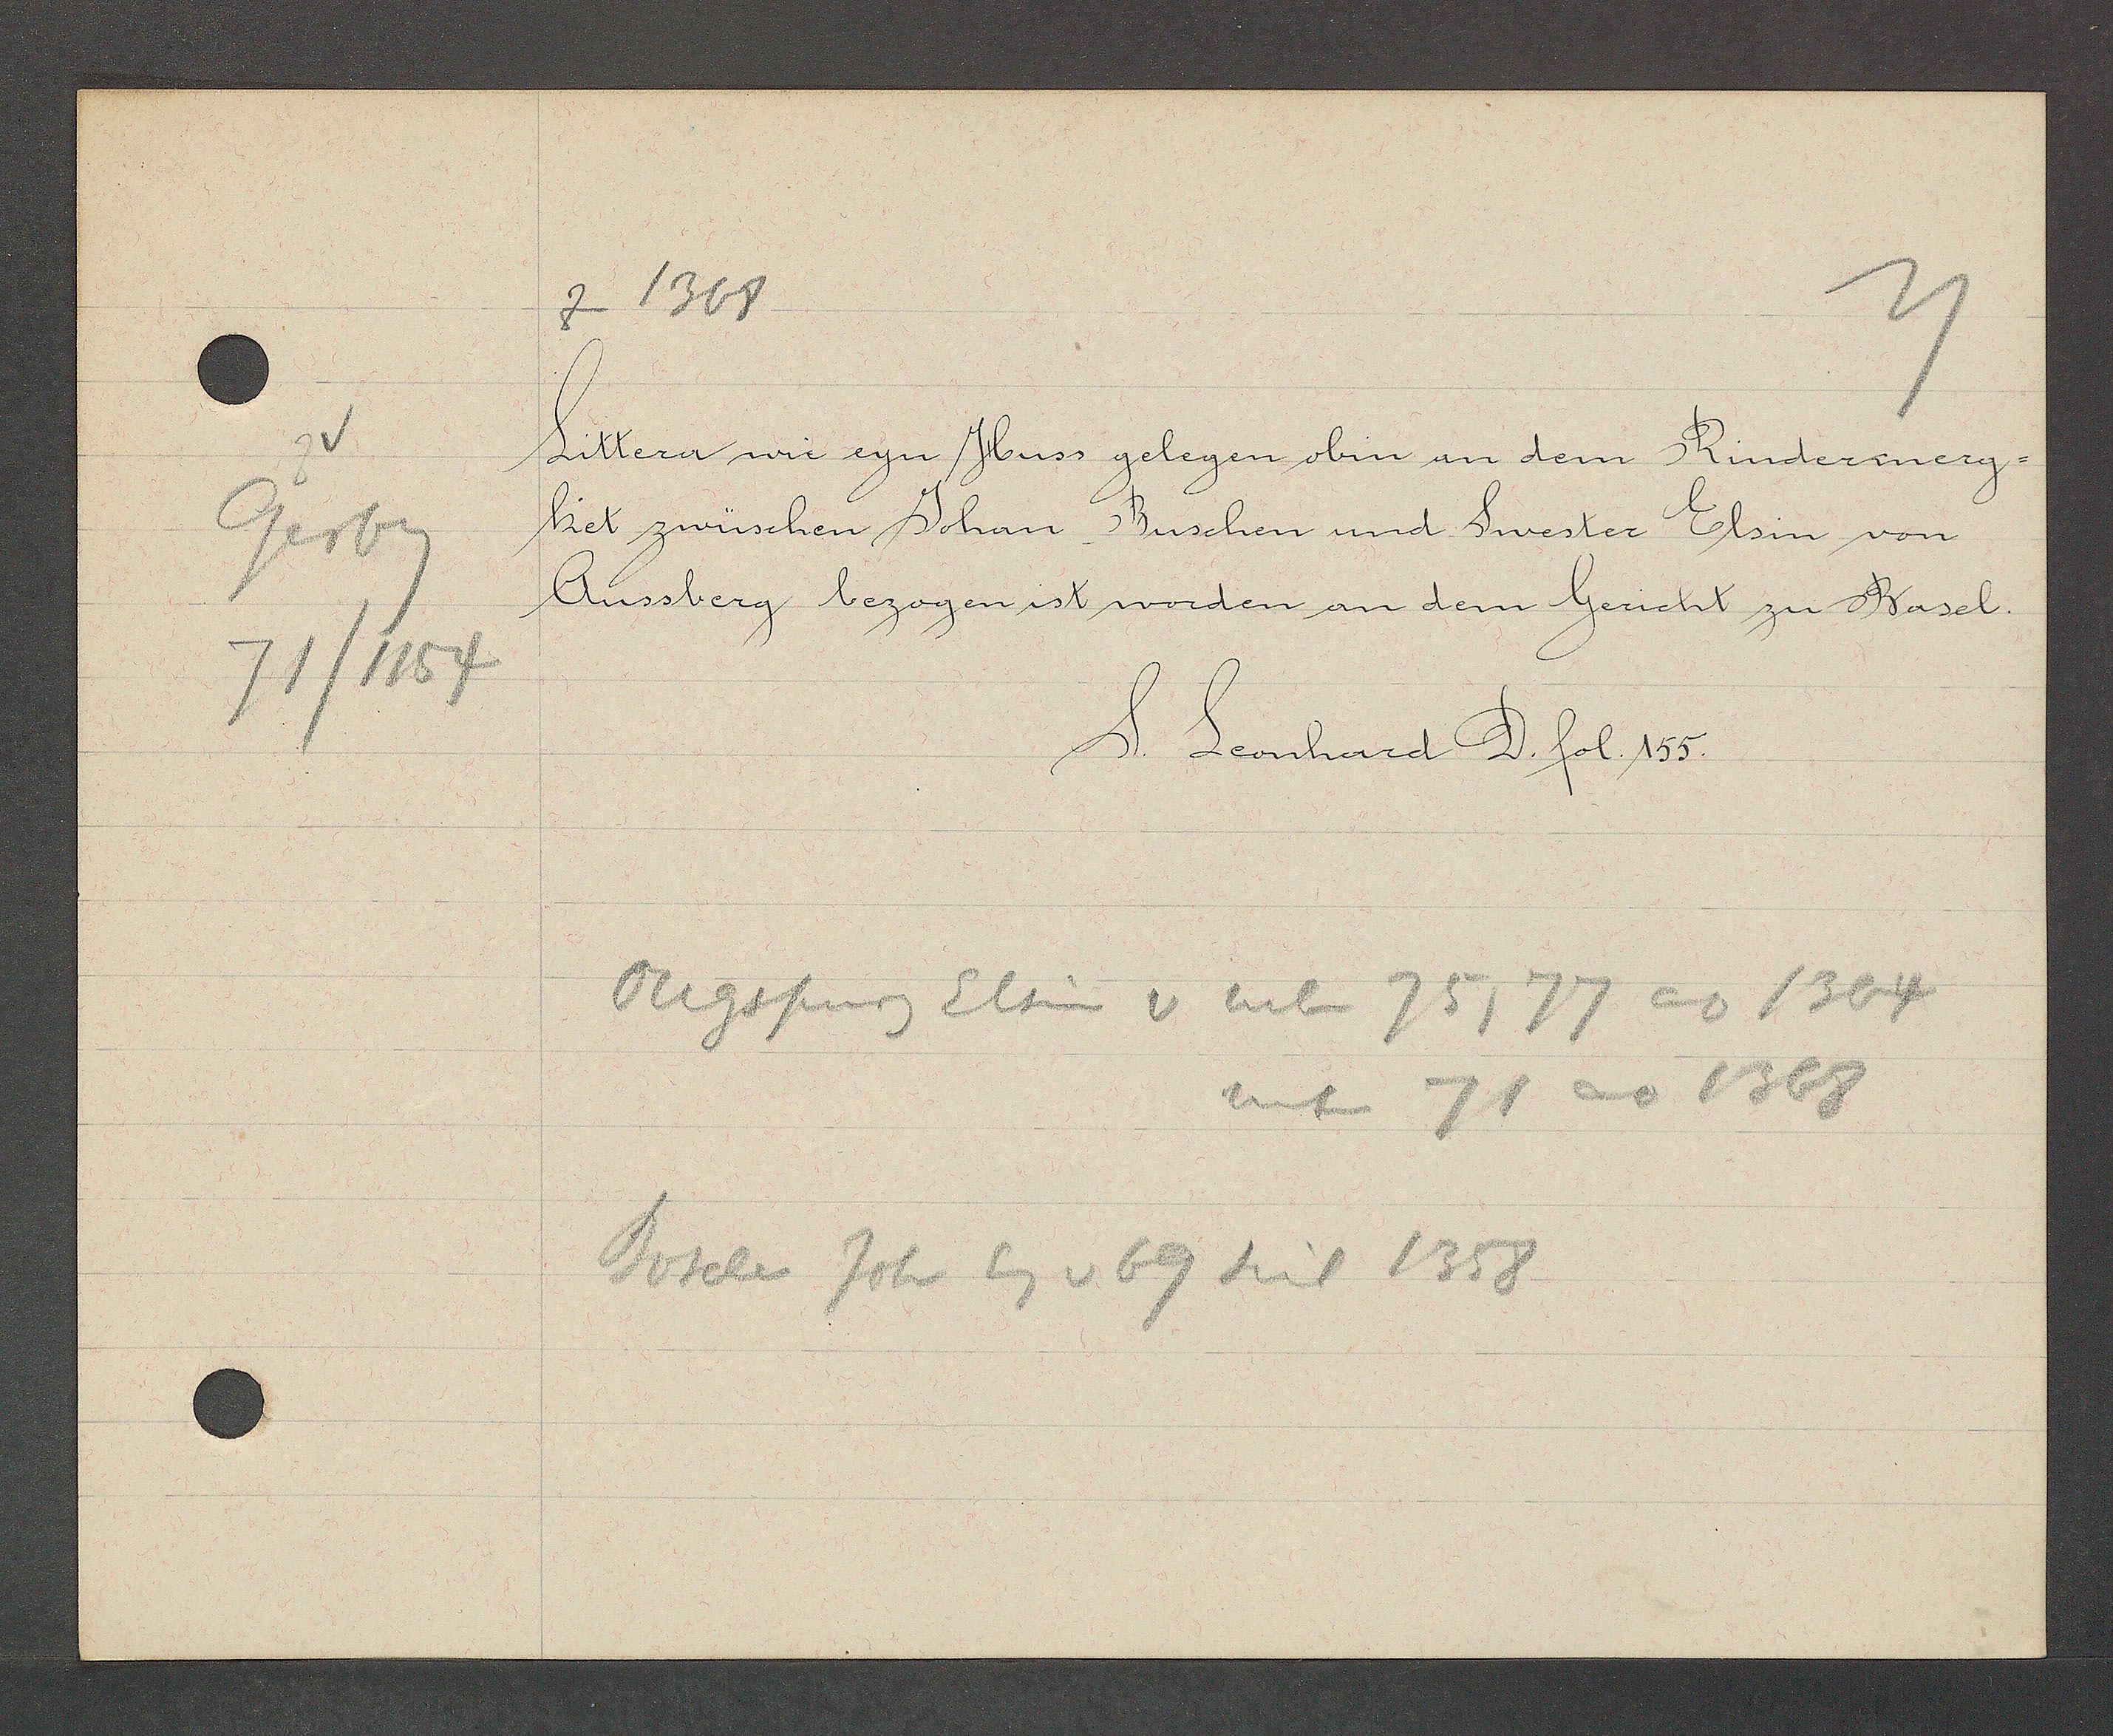
Transcript:
Gerbg
71/1154

1368

Littera wie eyn Huss gelegen obin an dem Rindermerg¬
et zwüschen Johan Buschen und Swester Elsin von
Aussberg bezogen ist worden an dem Gericht zu Basel.

S. Leonhard D. fol. 155.

Ougspurg Elsin v neben 75, 77 ao 1364
neben 71 ao 1368
Bosche Joh Eg v 69 seit 1358